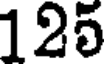
125